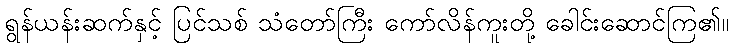
ရွန်ယန်းဆက်နှင့် ပြင်သစ် သံတော်ကြီး ကော်လိန်ကူးတို့ ခေါင်းဆောင်ကြ၏။